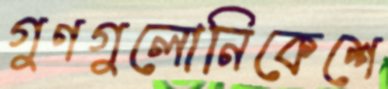
গুণগুলোনিকেশে